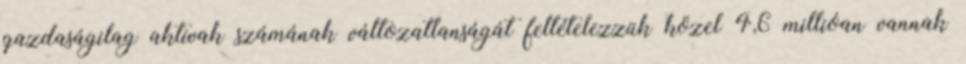
gazdaságilag aktívak számának változatlanságát feltételezzük közel 4,6 millióan vannak